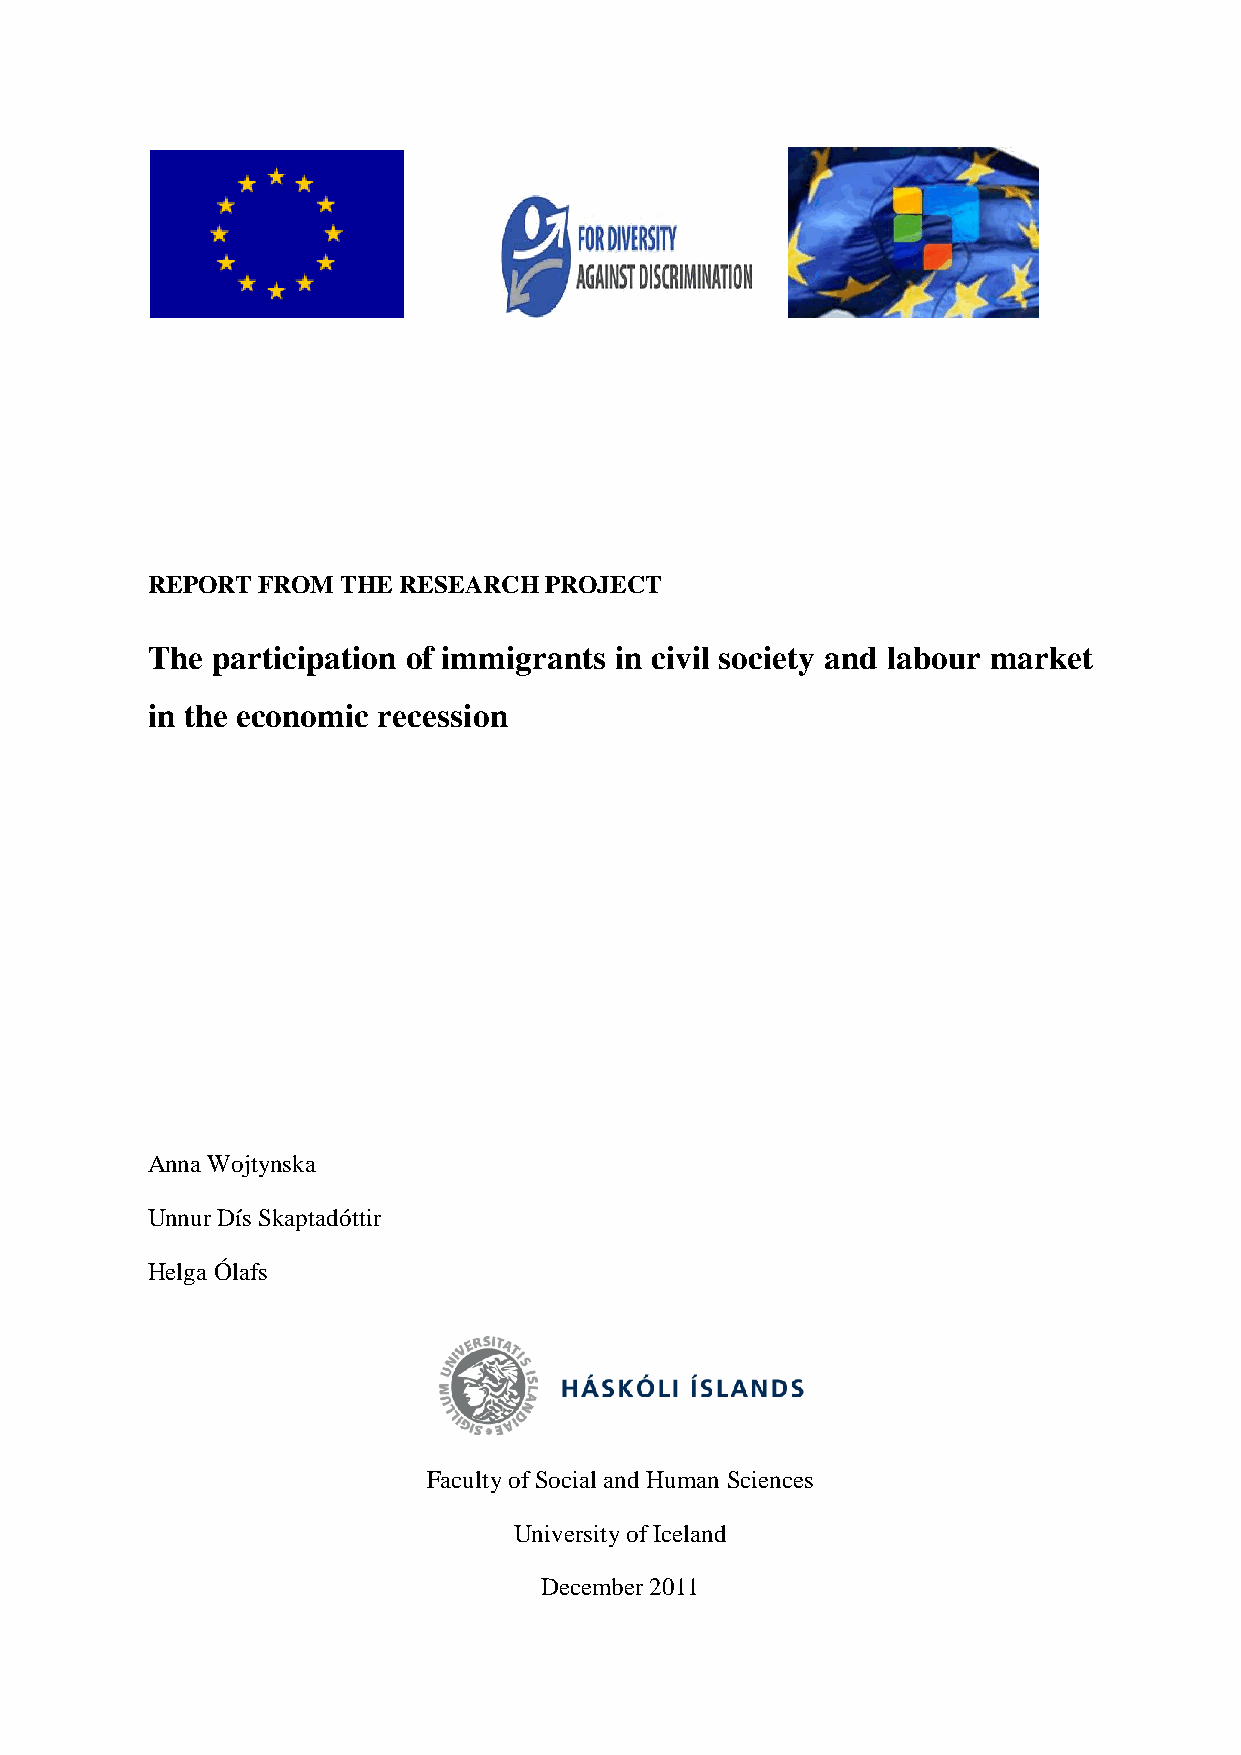
REPORT FROM  THE RESEARCH PROJECT
 The participation of immigrants in civil society and labour market
 in the economic recession
 Anna Wojtynska
 Unnur Dís Skaptadóttir
 Helga Ólafs
 Faculty of Social and Human Sciences
 University of Iceland
 December 2011